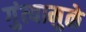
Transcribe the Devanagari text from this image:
गुंत्यामुळे